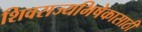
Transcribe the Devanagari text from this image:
शिवराज्यभिषेकासाठी